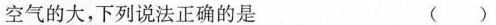
空气的大，下列说法正确的是( )